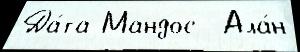
Да́та Мандос  Ала́н